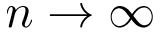
n \to \infty